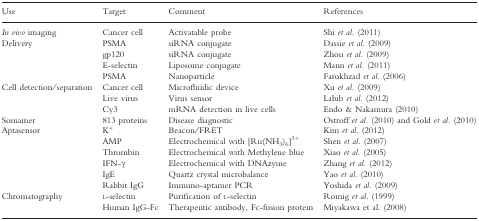
| Use | Target | Comment | References |
 | --- | --- | --- | --- |
 | In vivo imaging | Cancer cell | Activatable probe | Shi et al. (2011) |
 | <ROWSPAN=4> Delivery | PSMA | siRNA conjugate | Dassie et al. (2009) |
 | gp120 | siRNA conjugate | Zhou et al. (2009) |
 | E-selectin | Liposome conjugate | Mann et al. (2011) |
 | PSMA | Nanoparticle | Farokhzad et al. (2006) |
 | <ROWSPAN=3> Cell detection/separation | Cancer cell | Microfluidic device | Xu et al. (2009) |
 | Live virus | Virus sensor | Labib et al. (2012) |
 | Cy3 | mRNA detection in live cells | Endo & Nakamura (2010) |
 | Somamer | 813 proteins | Disease diagnostic | Ostroff et al. (2010) and Gold et al. (2010) |
 | <ROWSPAN=6> Aptasensor | K+ | Beacon/FRET | Kim et al. (2012) |
 | AMP | Electrochemical with [Ru(NH3)6]3+ | Shen et al. (2007) |
 | Thrombin | Electrochemical with Methylene blue | Xiao et al. (2005) |
 | IFN-γ | Electrochemical with DNAzyme | Zhang et al. (2012) |
 | IgE | Quartz crystal microbalance | Yao et al. (2010) |
 | Rabbit IgG | Immuno-aptamer PCR | Yoshida et al. (2009) |
 | <ROWSPAN=2> Chromatography | l-selectin | Purification of l-selectin | Romig et al. (1999) |
 | Human IgG-Fc | Therapeutic antibody, Fc-fusion protein | Miyakawa et al. (2008) |